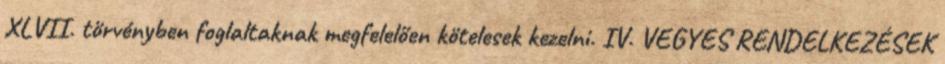
XLVII. törvényben foglaltaknak megfelelően kötelesek kezelni. IV. VEGYES RENDELKEZÉSEK